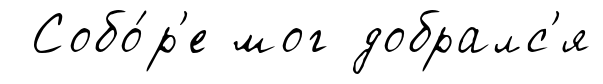
Собо́р'е мог добралс'я